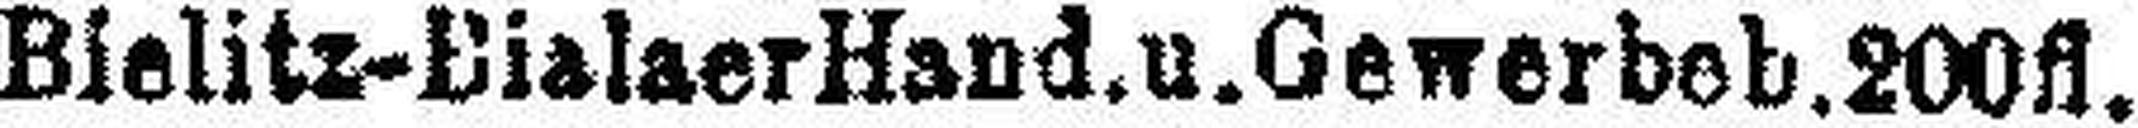
Bielitz-Eialaer Hand. u. Gewerbeb. 200fl.